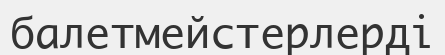
балетмейстерлерді